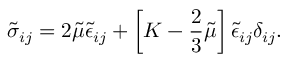
\tilde { \sigma } _ { i j } = 2 \tilde { \mu } \tilde { \epsilon } _ { i j } + \left[ K - \frac { 2 } { 3 } \tilde { \mu } \right] \tilde { \epsilon } _ { i j } \delta _ { i j } .